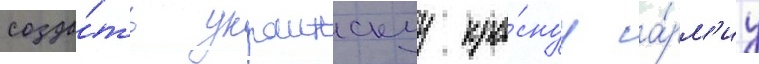
созда́ть украинскуу кра́снуу а́рм'иу